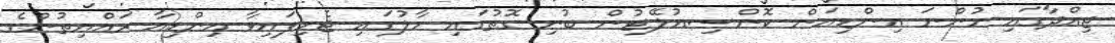
ޖިއްދާގައި ހުންނަ އިންޑިއަން ކޮންސިއުލޭޓުން ބުނި ގޮތުގައި ހާލުގައި ޖެހިފައިވާ އިންޑިއާ ރައްޔިތުންގެ